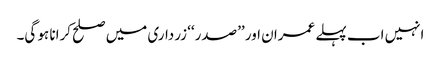
انہیں اب پہلے عمران اور ’’صدر‘‘ زرداری میں صلح کرانا ہو گی۔